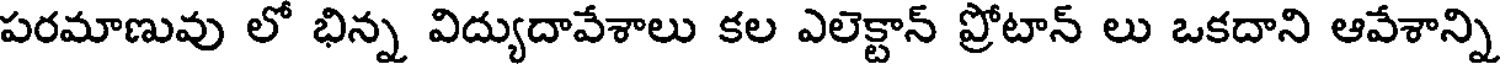
పరమాణువు లో భిన్న విద్యుదావేశాలు కల ఎలెక్టాన్ ప్రోటాన్ లు ఒకదాని ఆవేశాన్ని